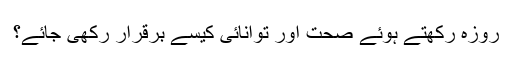
روزہ رکھتے ہوئے صحت اور توانائی کیسے برقرار رکھی جائے؟